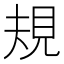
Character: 規